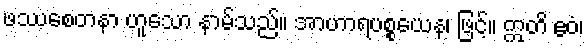
ဖဿစေတနာ ဟူသော နာမ်သည်။ အာဟာရပစ္စယေန၊ ဖြင့်။ ဣတိ ဧဝံ၊